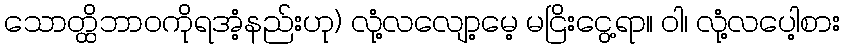
သောတ္ထိဘာဝကိုရအံ့နည်းဟု) လုံ့လလျော့မေ့ မငြိးငွေ့ရာ။ ဝါ၊ လုံ့လပေါ့စား